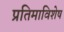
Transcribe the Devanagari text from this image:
प्रतिमाविशेष